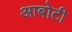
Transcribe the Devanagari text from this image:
आबोटी